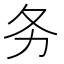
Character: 务